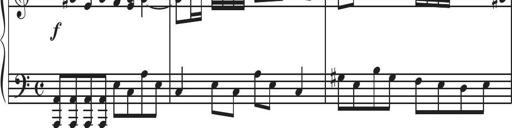
Title: Sonatina Espania
Composer: Jerald Franklin Archer
Key: Various